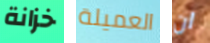
خزانة العميلة ان